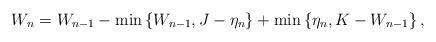
LaTeX: \begin{align*}W_n=W_{n-1}-\min\left\{W_{n-1},J-\eta_n\right\}+\min\left\{\eta_n,K-W_{n-1}\right\},\end{align*}